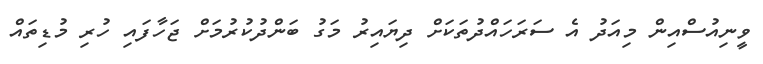
ވީނިއުސްއިން މިއަދު އެ ސަރަހައްދުތަކަށް ދިޔައިރު މަގު ބަންދުކުރުމަށް ޖަހާފައި ހުރި މުޑިތައް